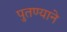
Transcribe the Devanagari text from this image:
पुतण्याने